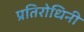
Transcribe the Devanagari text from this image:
प्रतिरोधिनी